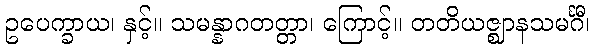
ဥပေက္ခာယ၊ နှင့်။ သမန္နာဂတတ္တာ၊ ကြောင့်။ တတိယဇ္ဈာနသမင်္ဂီ၊